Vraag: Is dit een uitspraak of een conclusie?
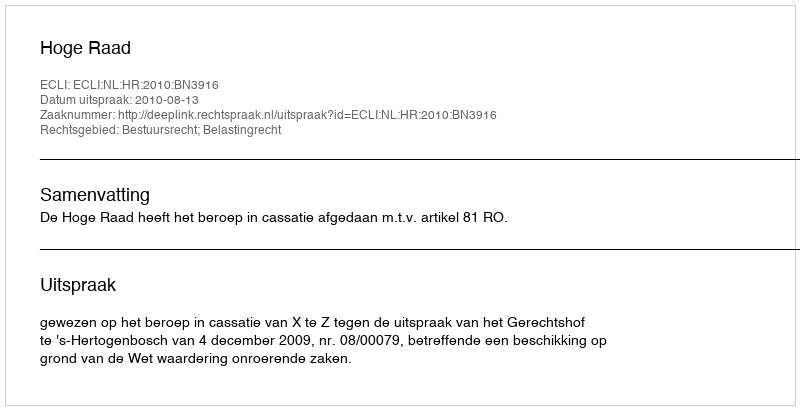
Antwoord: Uitspraak